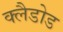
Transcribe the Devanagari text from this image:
क्लैडोड